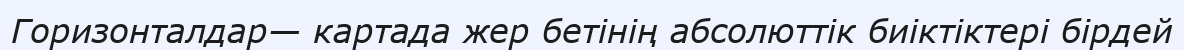
Горизонталдар— картада жер бетінің абсолюттік биіктіктері бірдей